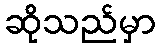
ဆိုသည်မှာ